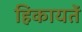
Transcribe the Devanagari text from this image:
हिकायतें